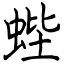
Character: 蜌